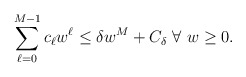
\begin{align*}\sum_{\ell=0}^{M-1}c_{\ell}w^{\ell}\leq\delta w^{M}+C_{\delta}~\forall~w\geq0.\end{align*}